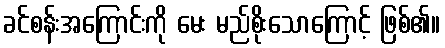
ခင်စန်းအကြောင်းကို မေး မည်စိုးသောကြောင့် ဖြစ်၏။